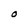
Character: O